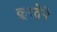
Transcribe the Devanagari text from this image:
क्रूरतेने